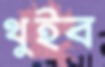
থুইব